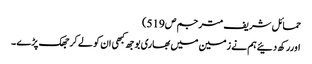
حمائل شریف مترجم ص519)
اوررکھ دئیےہم نے زمین میں بھاری بوجھ کبھی ان کو لے کر جھک پڑے ۔